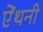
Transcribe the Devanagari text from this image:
ऐंथनी